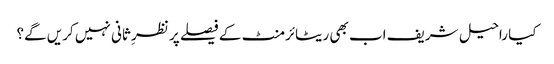
کیا راحیل شریف اب بھی ریٹائرمنٹ کے فیصلے پر نظرِ ثانی نہیں کریں گے؟